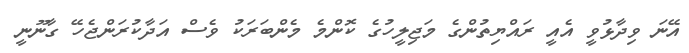
އޭނަ ވިދާޅުވީ އެއީ ރައްޔިތުންގެ މަޖިލީހުގެ ކޮންމެ މެންބަރަކު ވެސް އަދާކުރަންޖެހޭ ގާނޫނީ